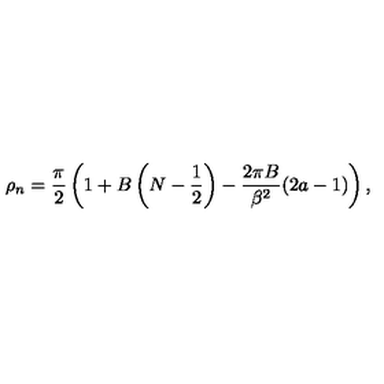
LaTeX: \rho _ { n } = \frac { \pi } { 2 } \left( 1 + B \left( N - \frac { 1 } { 2 } \right) - \frac { 2 \pi B } { \beta ^ { 2 } } ( 2 a - 1 ) \right) ,